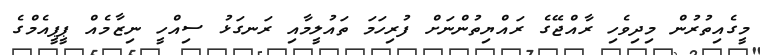
މީގެއިތުރުން މިދިވެހި ރާއްޖޭގެ ރައްޔިތުންނަށް ފުރިހަމަ ތައުލީމާއި ރަނގަޅު ސިއްހީ ނިޒާމެއް ޕީޕީއެމްގެ